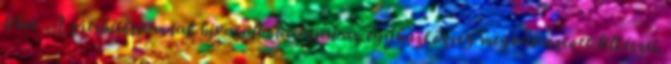
lehet. A presbitériumnak hivatalból tagjai az egyházközség megválasztott lelkészei.